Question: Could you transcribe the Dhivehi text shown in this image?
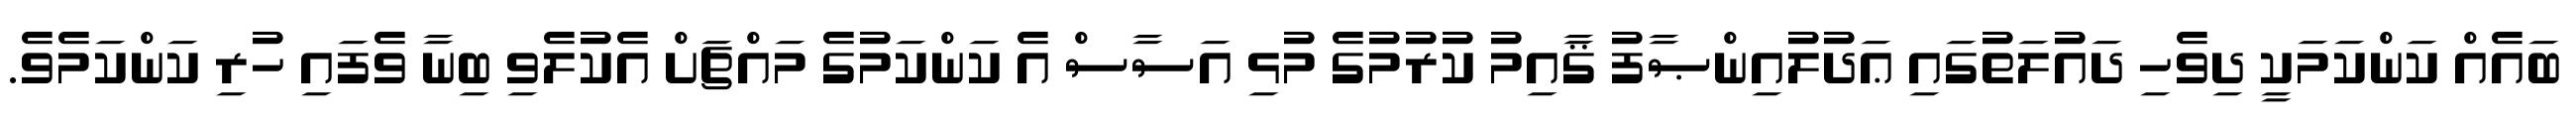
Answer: ބައެއް ކަންކަމަކީ ދިވެހި ދައުލަތުގައި ޢަދުލުއިންޞާފު ޤާއިމު ކުރުމުގެ މުޅި އަސާސް އެ ކަންކަމުގެ މައްޗަށް އެކުލެވި ބިނާ ވެފައި ހުރި ކަންކަމެވެ.